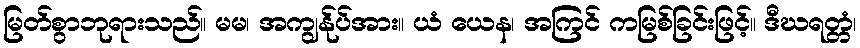
မြတ်စွာဘုရားသည်။ မမ၊ အကျွန်ုပ်အား။ ယံ ယေန၊ အကြင် ကမြစ်ခြင်းဖြင့်။ ဒီဃရတ္တံ၊